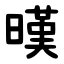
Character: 暵